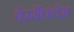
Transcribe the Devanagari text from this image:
वेरसैललेस